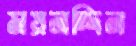
ময়নদ্দিন